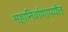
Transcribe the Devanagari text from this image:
महानिर्वाणापर्यंत